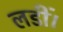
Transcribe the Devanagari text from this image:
लडीं।